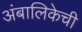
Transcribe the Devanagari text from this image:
अंबालिकेची